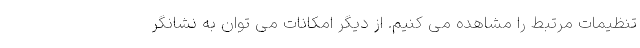
تنظیمات مرتبط را مشاهده می کنیم. از دیگر امکانات می توان به نشانگر